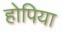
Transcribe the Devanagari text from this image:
होपिया